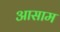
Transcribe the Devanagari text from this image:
अासाम